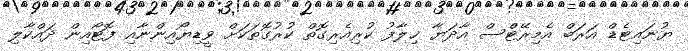
ޔުނައިޓެޑް އަރަބް އެމިރޭޓްސް އާދަޔާ ޚިލާފު ކުރިއެރިގޮތް ކުރުގޮތަކަށް ވީޑިޔޯއިންނާއި ފޮޓޯއިން ދައްކާލި